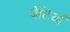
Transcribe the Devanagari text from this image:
बेटियाॅ